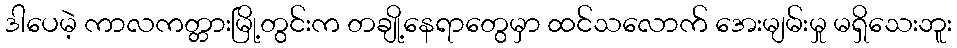
ဒါပေမဲ့ ကာလကတ္တားမြို့တွင်းက တချို့နေရာတွေမှာ ထင်သလောက် အေးမျမ်းမှု မရှိသေးဘူး